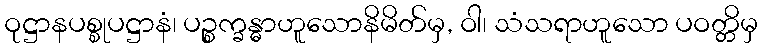
ဝုဋ္ဌာနပစ္စုပဋ္ဌာနံ၊ ပဉ္စက္ခန္ဓာဟူသောနိမိတ်မှ, ဝါ၊ သံသရာဟူသော ပဝတ္တိမှ